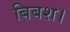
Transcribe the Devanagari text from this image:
बिबश।